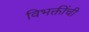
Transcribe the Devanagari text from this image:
विभक्तींची